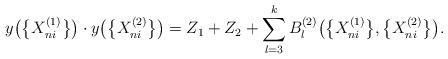
LaTeX: \begin{align*}y\bigl(\bigl\{X_{ni}^{(1)}\bigr\}\bigr)\cdot y\bigl(\bigl\{X_{ni}^{(2)}\bigr\}\bigr) =Z_1+Z_2+\sum_{l=3}^kB_l^{(2)}\bigl(\bigl\{X_{ni}^{(1)}\bigr\},\bigl\{X_{ni}^{(2)}\bigr\}\bigr).\end{align*}